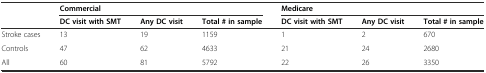
<table><thead><tr><td rowspan="2"></td><td colspan="3"><b>Commercial</b></td><td colspan="3"><b>Medicare</b></td></tr><tr><td><b>DC visit with SMT</b></td><td><b>Any DC visit</b></td><td><b>Total # in sample</b></td><td><b>DC visit with SMT</b></td><td><b>Any DC visit</b></td><td><b>Total # in sample</b></td></tr></thead><tbody><tr><td>Stroke cases</td><td>13</td><td>19</td><td>1159</td><td>1</td><td>2</td><td>670</td></tr><tr><td>Controls</td><td>47</td><td>62</td><td>4633</td><td>21</td><td>24</td><td>2680</td></tr><tr><td>All</td><td>60</td><td>81</td><td>5792</td><td>22</td><td>26</td><td>3350</td></tr></tbody></table>